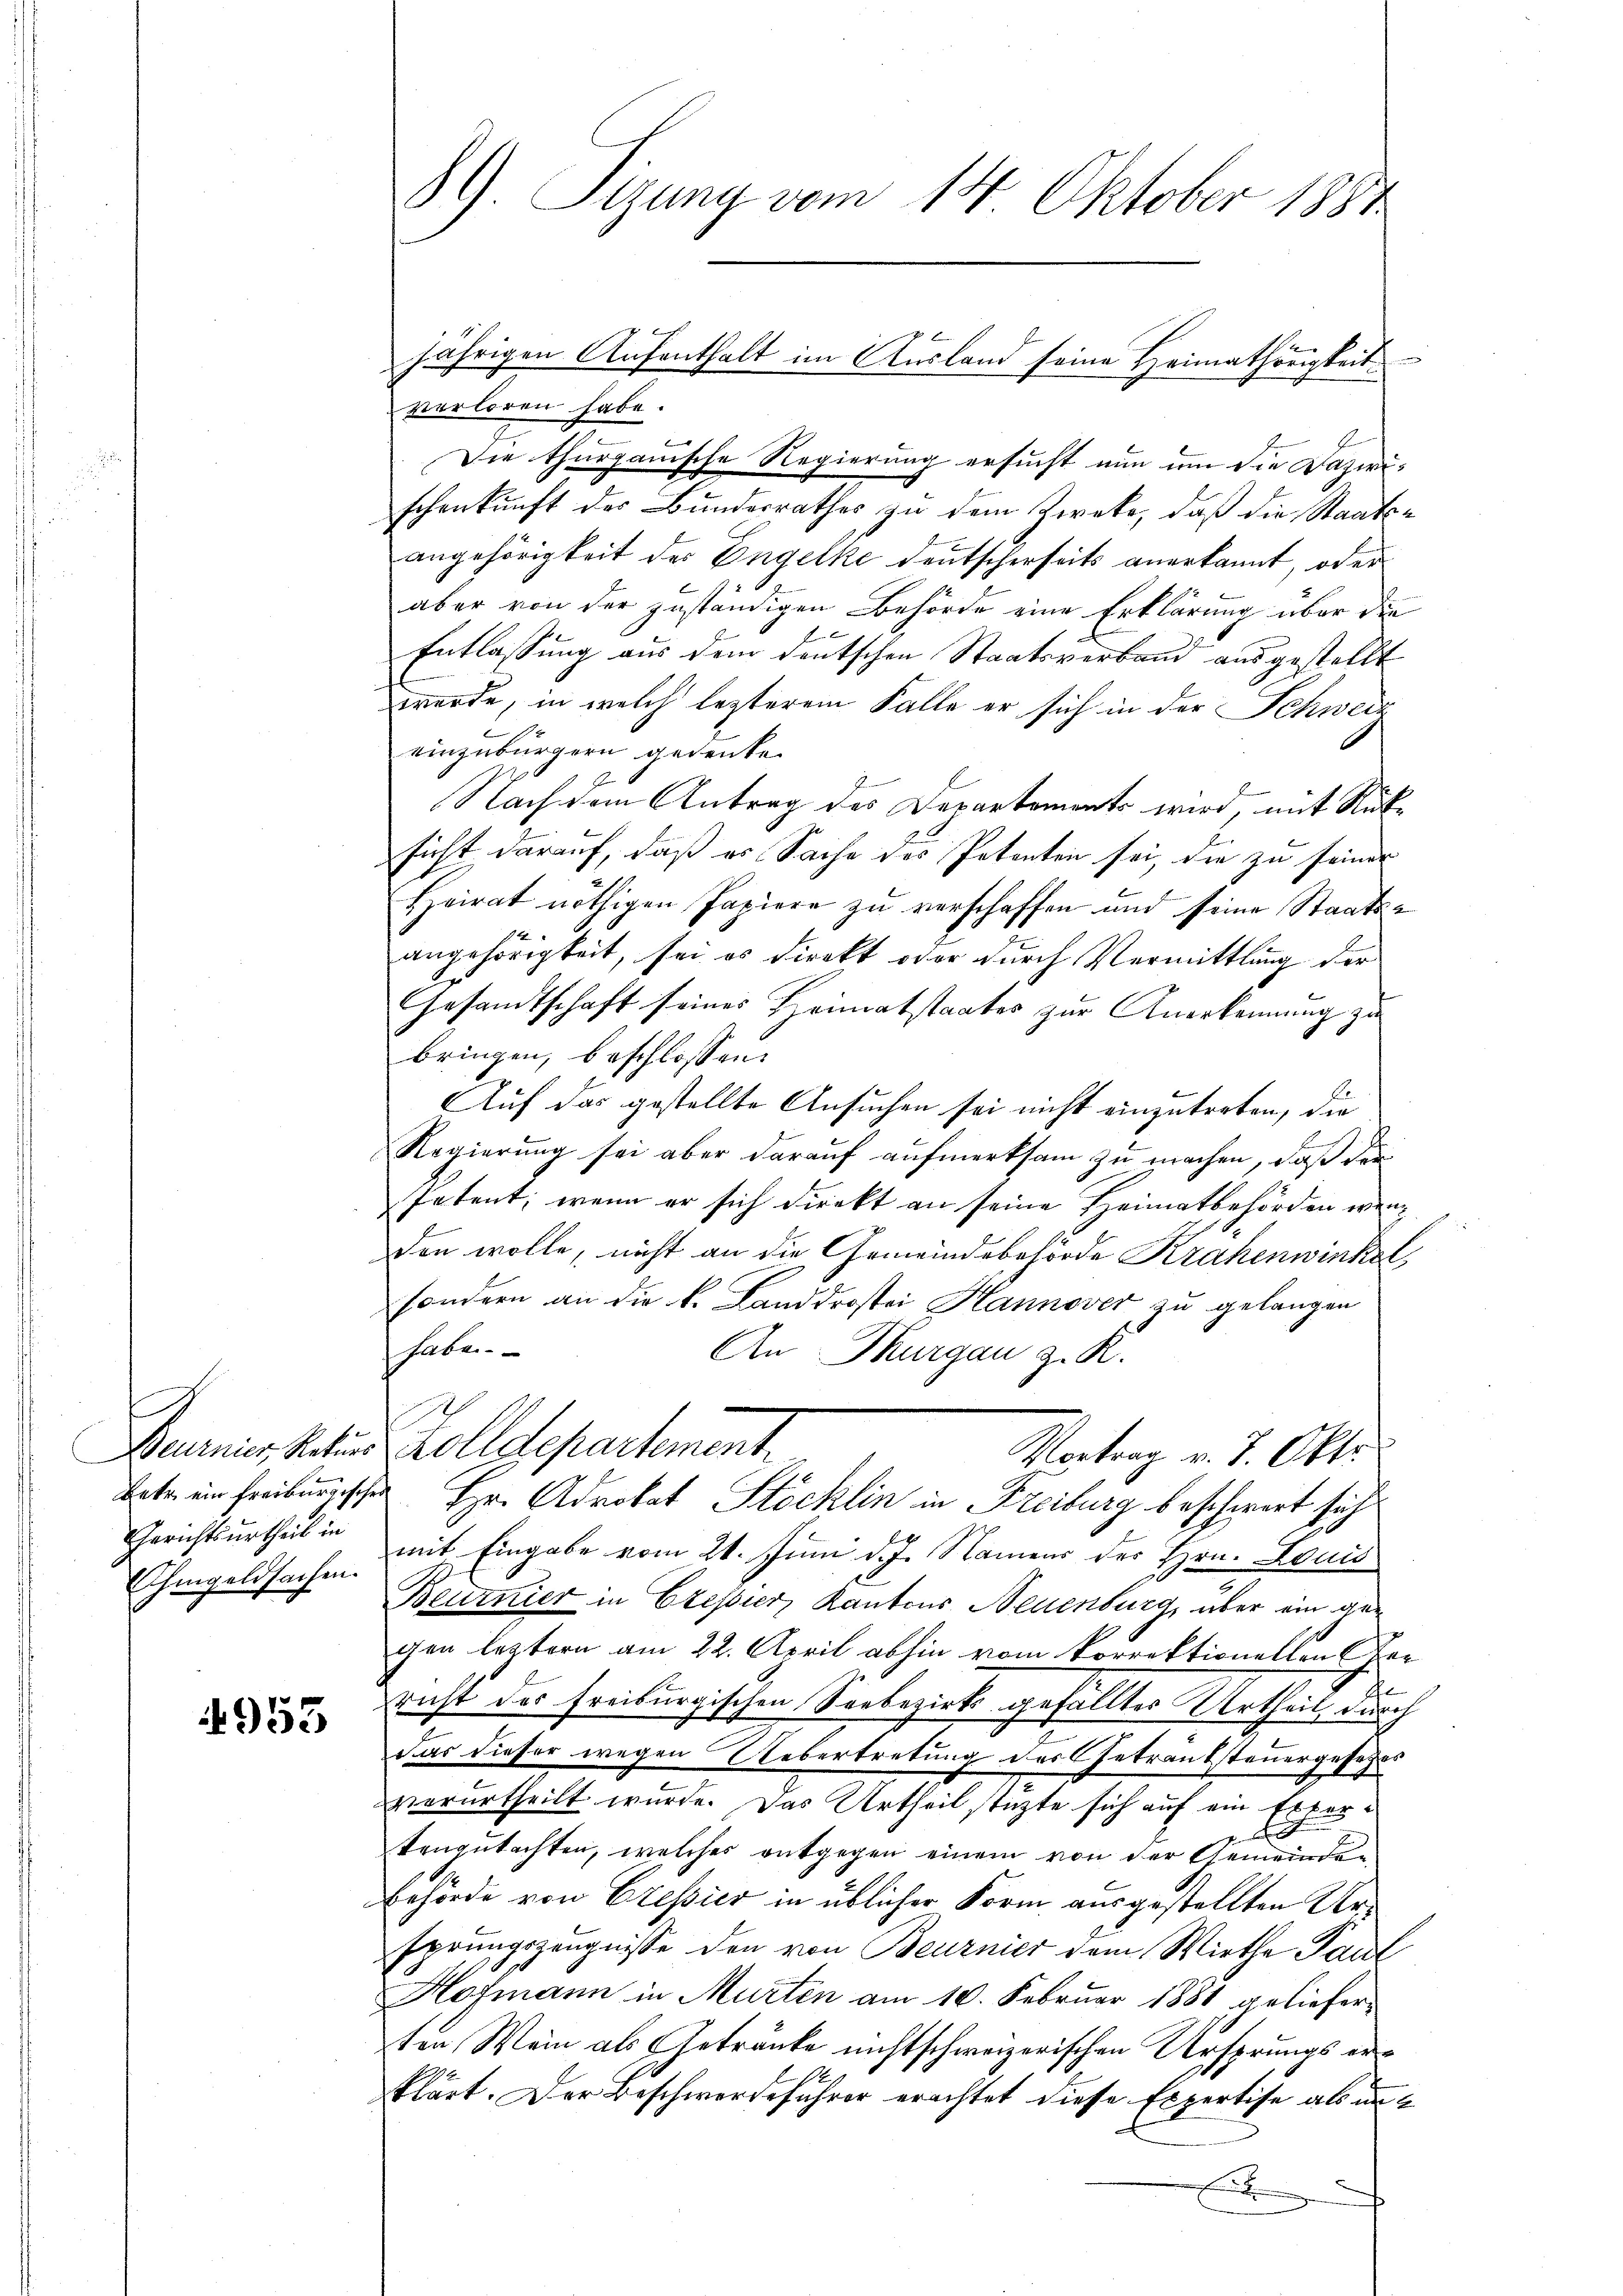
Gerichtsurtheil in
hingeldsachen.

953

verloren habe.
Die thurgauische Regierung ersucht nun um die Dazwischenkunft des Bundesrathes zu dem Zweke, daß die Staatsangehörigkeit der Engelke deutscherseits anerkannt, oder
aber von der zuständigen Behörde eine Erklärung über die
Entlassung aus dem deutschen Staatsverband ausgestellt
werde, in welch lezterem Falle er sich in der Schweiz
einzubürgern gedenke.
Nach dem Antrag des Departements wird, mit Rüksicht darauf, daß es Sache des Petenten sei, die zu seiner
Heirat nöthigen Papiere zu verschaffen und seine Staatsangehörigkeit, sei es direkt oder durch Vermittlung der
Gesandtschaft seines Heimatstaates zur Anerkennung zu
bringen, beschlossen:
Auf das gestellte Ansuchen sei nicht einzutreten, die
Regierung sei aber darauf aufmerksam zu machen, daß der
Petent; wenn er sich direkt an seine Heimatbehörden wenden wolle, nicht an die Gemeindebehörde Krähenwinkel,
sondern an die k. Landdrostei Hannover zu gelangen
haben.
An Thurgau z. K.

Diurnier Vater Zolldepartement.
Vortrag v. 7. Okto
bete ein freiburgische Hr. Advokat Stöcklin in Freiburg beschwert sich
mit Eingabe vom 21. Juni d. J. Namens des Hrn. Louis
Beumier in Erepier, Kantons Neuenburg, über ein gen
gen leztern am 22. April abhin vom korrektionellen er
richt des freiburgischen Seebezirks gefällter Urtheil, durch
dar dieser wegen Uebertretung des Getrautsteuergesetzes
verurtheilt wurde. Das Urtheil stüzte sich auf ein Expertengutachten, welches entgegen einem von der Gemeinden
Behörde von Cressier in üblicher Form ausgestellten Ur¬
Eprungszeugnisse den von Beurnier dem Wirthe Paul
Hofmann in Murten am 10. Februar 1881 gelieferten Wein als Getränke nicht schweizerischen Ursprungs erklärt. Der Beschwerdeführer erachtet diese Expertise als un¬
A

89) Sizung vom 14. Oktober 1884

jährigen Aufenthalt im Ausland seine Heimathörigkeit